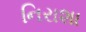
નિરાશા